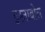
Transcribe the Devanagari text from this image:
इस्ताबोल